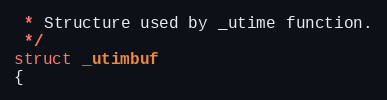
Language: C
 * Structure used by _utime function.
 */
struct _utimbuf
{